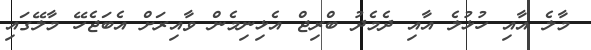
މާލެ އާއި ހުޅުލެ އާއި ދެމެދު ބްރިޖް އެޅިނިމެން ވާއިރަށް އެބަޖެހޭ މާލޭގައި